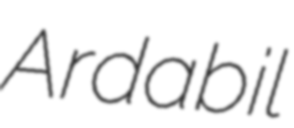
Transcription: Ardabil